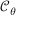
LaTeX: { \mathcal { C } } _ { \theta }